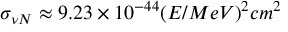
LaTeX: \sigma _ { \nu N } \approx 9 . 2 3 \times 1 0 ^ { - 4 4 } ( E / M e V ) ^ { 2 } c m ^ { 2 }